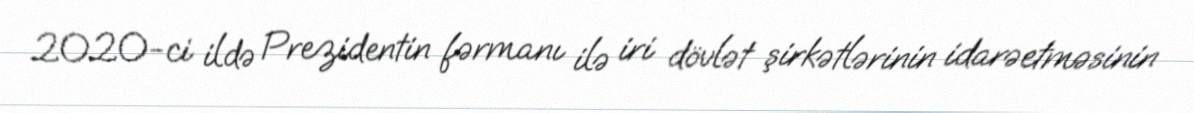
2020-ci ildə Prezidentin fərmanı ilə iri dövlət şirkətlərinin idarəetməsinin